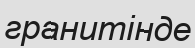
гранитінде